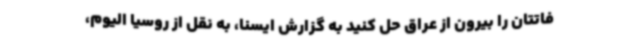
فاتتان را بیرون از عراق حل کنید به گزارش ایسنا، به نقل از روسیا الیوم،